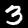
Label: 3